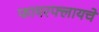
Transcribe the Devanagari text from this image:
फायरफ्लायचे